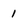
Character: 1